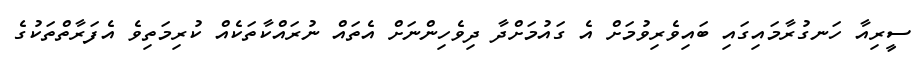
ސީރިއާ ހަނގުރާމައިގައި ބައިވެރިވުމަށް އެ ގައުމަށްދާ ދިވެހިންނަށް އެތައް ނުރައްކާތަކެއް ކުރިމަތިވެ އެފަރާތްތަކުގެ